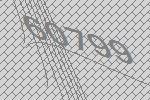
60799